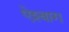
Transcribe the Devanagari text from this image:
ऐश्बाग